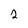
Character: 2